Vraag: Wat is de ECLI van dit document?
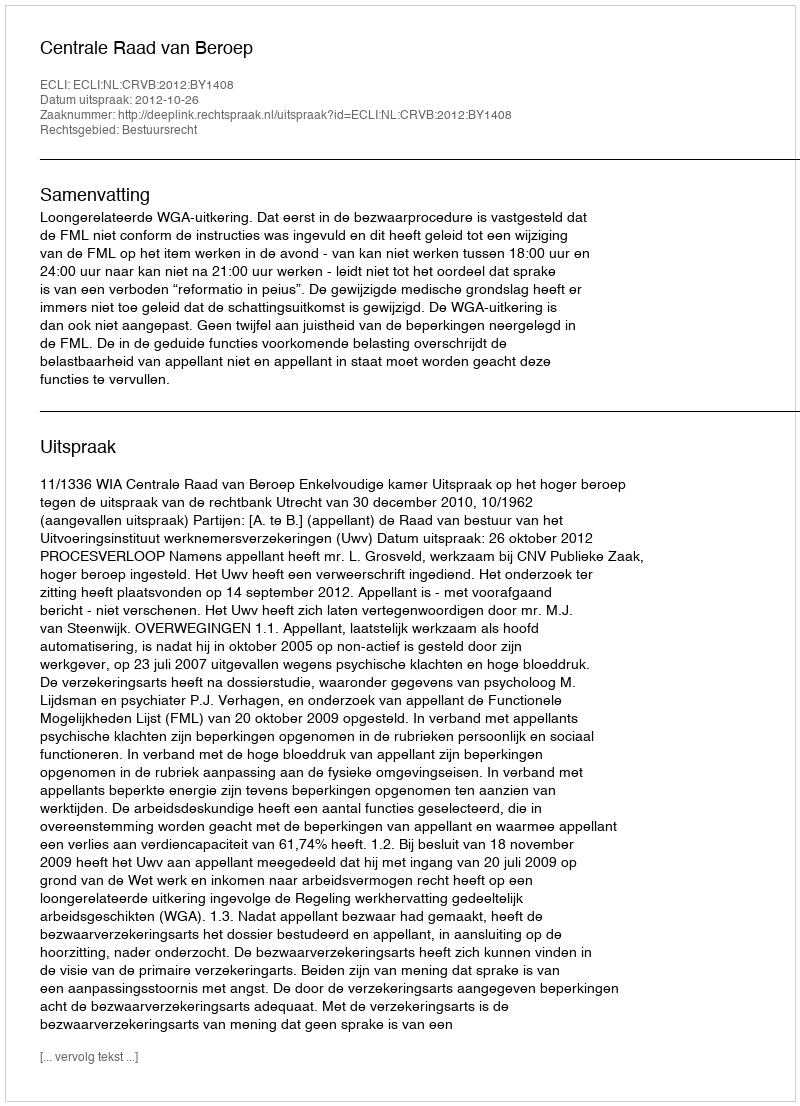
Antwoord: ECLI:NL:CRVB:2012:BY1408